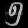
Digit: ၅